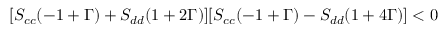
[ S _ { c c } ( - 1 + \Gamma ) + S _ { d d } ( 1 + 2 \Gamma ) ] [ S _ { c c } ( - 1 + \Gamma ) - S _ { d d } ( 1 + 4 \Gamma ) ] < 0